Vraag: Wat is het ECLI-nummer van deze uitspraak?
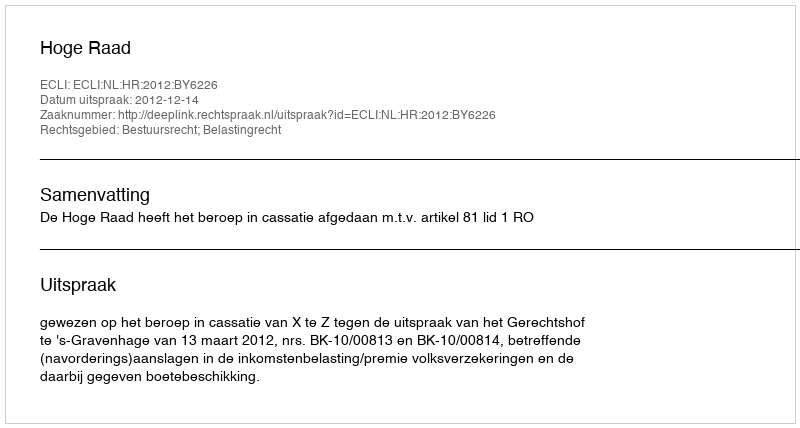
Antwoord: ECLI:NL:HR:2012:BY6226